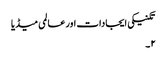
تکنیکی ایجادات اور عالمی میڈیا
۲۔